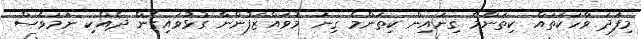
މިފަދަ ވާހަކަތައް ކިތަންމެ ގިނައިން ކިތަންމެ ގިނަ މުވައްޒަފުންނާ ގުޅުވައިގެން ދެއްކި ނަމަވެސް